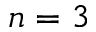
n = 3